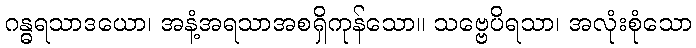
ဂန္ဓရသာဒယော၊ အနံ့အရသာအစရှိကုန်သော။ သဗ္ဗေပိရသာ၊ အလုံးစုံသော